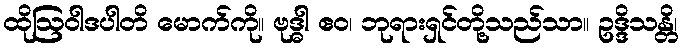
ထိုဩဝါဒပါတိ မောက်ကို။ ဗုဒ္ဓါ ဧဝ၊ ဘုရားရှင်တို့သည်သာ။ ဥဒ္ဒိသန္တိ၊